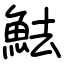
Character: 魼